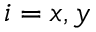
i = x , y